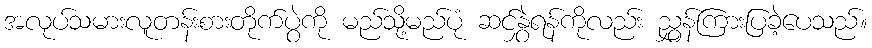
အလုပ်သမားလူတန်းစားတိုက်ပွဲကို မည်သို့မည်ပုံ ဆင်နွှဲရန်ကိုလည်း ညွှန်ကြားပြခဲ့ပေသည်။